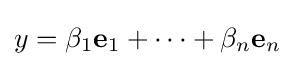
y=\beta _{1}\mathbf {e} _{1}+\dots +\beta _{n}\mathbf {e} _{n}